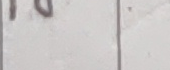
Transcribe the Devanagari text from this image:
०८